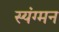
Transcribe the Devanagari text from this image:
स्यंग्मन